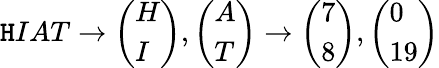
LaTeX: \mathtt{H}IAT\to{\left(\begin{array}{l}{H}\\ {I}\end{array}\right)},{\left(\begin{array}{l}{A}\\ {T}\end{array}\right)}\to{\left(\begin{array}{l}{7}\\ {8}\end{array}\right)},{\left(\begin{array}{l}{0}\\ {19}\end{array}\right)}